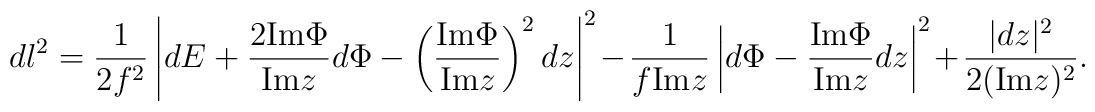
dl^2=\frac{1}{2f^2}\left|dE+\frac{2{\rm Im}\Phi}{{\rm Im}z} d\Phi-\left(\frac{{\rm Im}\Phi}{{\rm Im}z}\right)^2dz\right|^2-\frac{1}{f{\rm Im}z}\left|d\Phi-\frac{{\rm Im}\Phi}{{\rm Im}z}dz \right|^2+\frac{|dz|^2}{2({\rm Im}z)^2}.